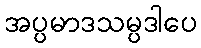
အပ္ပမာဒသမ္ပဒါပေ